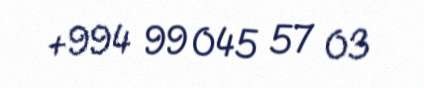
+994 99 045 57 03